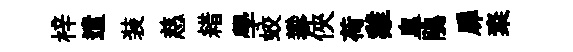
梓遣装慈耤學蛟攀俠荷雞臯鵑扉粢